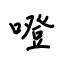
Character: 噔